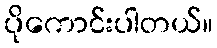
ပိုကောင်းပါတယ်။